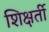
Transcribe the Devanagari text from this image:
शिक्षर्ती